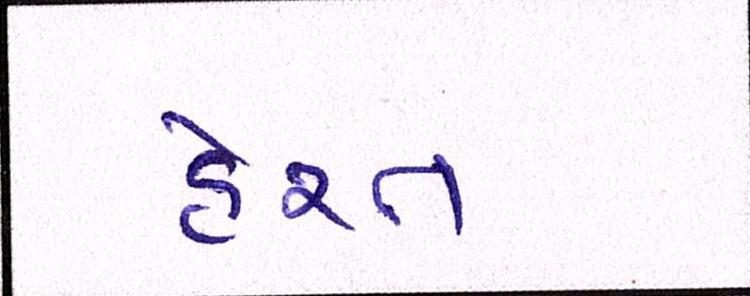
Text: હેરત